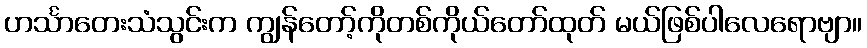
ဟင်္သာတေးသံသွင်းက ကျွန်တော့်ကိုတစ်ကိုယ်တော်ထုတ် မယ်ဖြစ်ပါလေရောဗျာ။